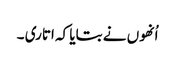
اُنھوں نے بتایا کہ اتاری ۔